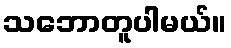
သဘောတူပါမယ်။